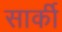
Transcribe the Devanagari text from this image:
सार्की